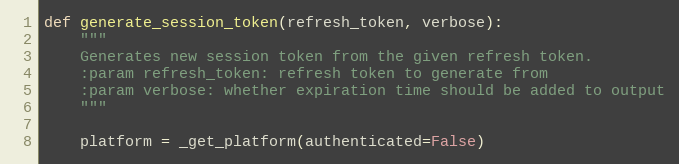
Language: Python
def generate_session_token(refresh_token, verbose):
    """
    Generates new session token from the given refresh token.
    :param refresh_token: refresh token to generate from
    :param verbose: whether expiration time should be added to output
    """

    platform = _get_platform(authenticated=False)